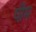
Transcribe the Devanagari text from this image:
पीम